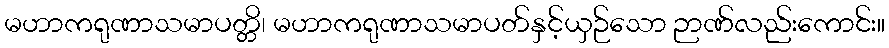
မဟာကရုဏာသမာပတ္တိ၊ မဟာကရုဏာသမာပတ်နှင့်ယှဉ်သော ဉာဏ်လည်းကောင်း။